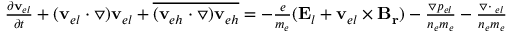
\begin{array} { r } { \frac { \partial \mathbf { v } _ { e l } } { \partial t } + ( \mathbf { v } _ { e l } \cdot \triangledown ) \mathbf { v } _ { e l } + \overline { { ( \mathbf { v } _ { e h } \cdot \triangledown ) \mathbf { v } _ { e h } } } = - \frac { e } { m _ { e } } ( \mathbf { E } _ { l } + \mathbf { v } _ { e l } \times \mathbf { B _ { r } } ) - \frac { \triangledown p _ { e l } } { n _ { e } m _ { e } } - \frac { \triangledown \cdot { \bf \Pi } _ { e l } } { n _ { e } m _ { e } } } \end{array}